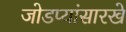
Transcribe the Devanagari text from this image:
जोडप्यांसारखे